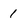
Character: 1